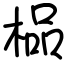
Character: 榀